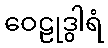
ဝေဠုဒွါရံ